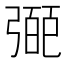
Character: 𢐝